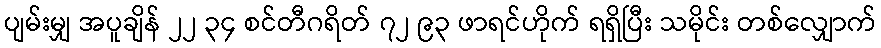
ပျမ်းမျှ အပူချိန် ၂၂ ၃၄ စင်တီဂရိတ် ၇၂ ၉၃ ဖာရင်ဟိုက် ရရှိပြီး သမိုင်း တစ်လျှောက်